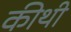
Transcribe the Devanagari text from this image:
कीथी